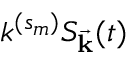
k ^ { ( s _ { m } ) } S _ { \vec { \mathbf { k } } } ( t )